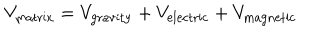
V _ { \mathrm { m a t r i x } } = V _ { \mathrm { g r a v i t y } } + V _ { \mathrm { e l e c t r i c } } + V _ { \mathrm { m a g n e t i c } }